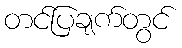
တင်ပြချက်တွင်